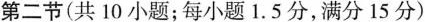
第二节(共 10 小题;每小题 1.5 分,满分15 分)